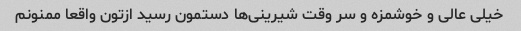
خیلی عالی و خوشمزه و سر وقت شیرینی‌ها دستمون رسید ازتون واقعا ممنونم